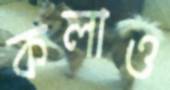
কলাও